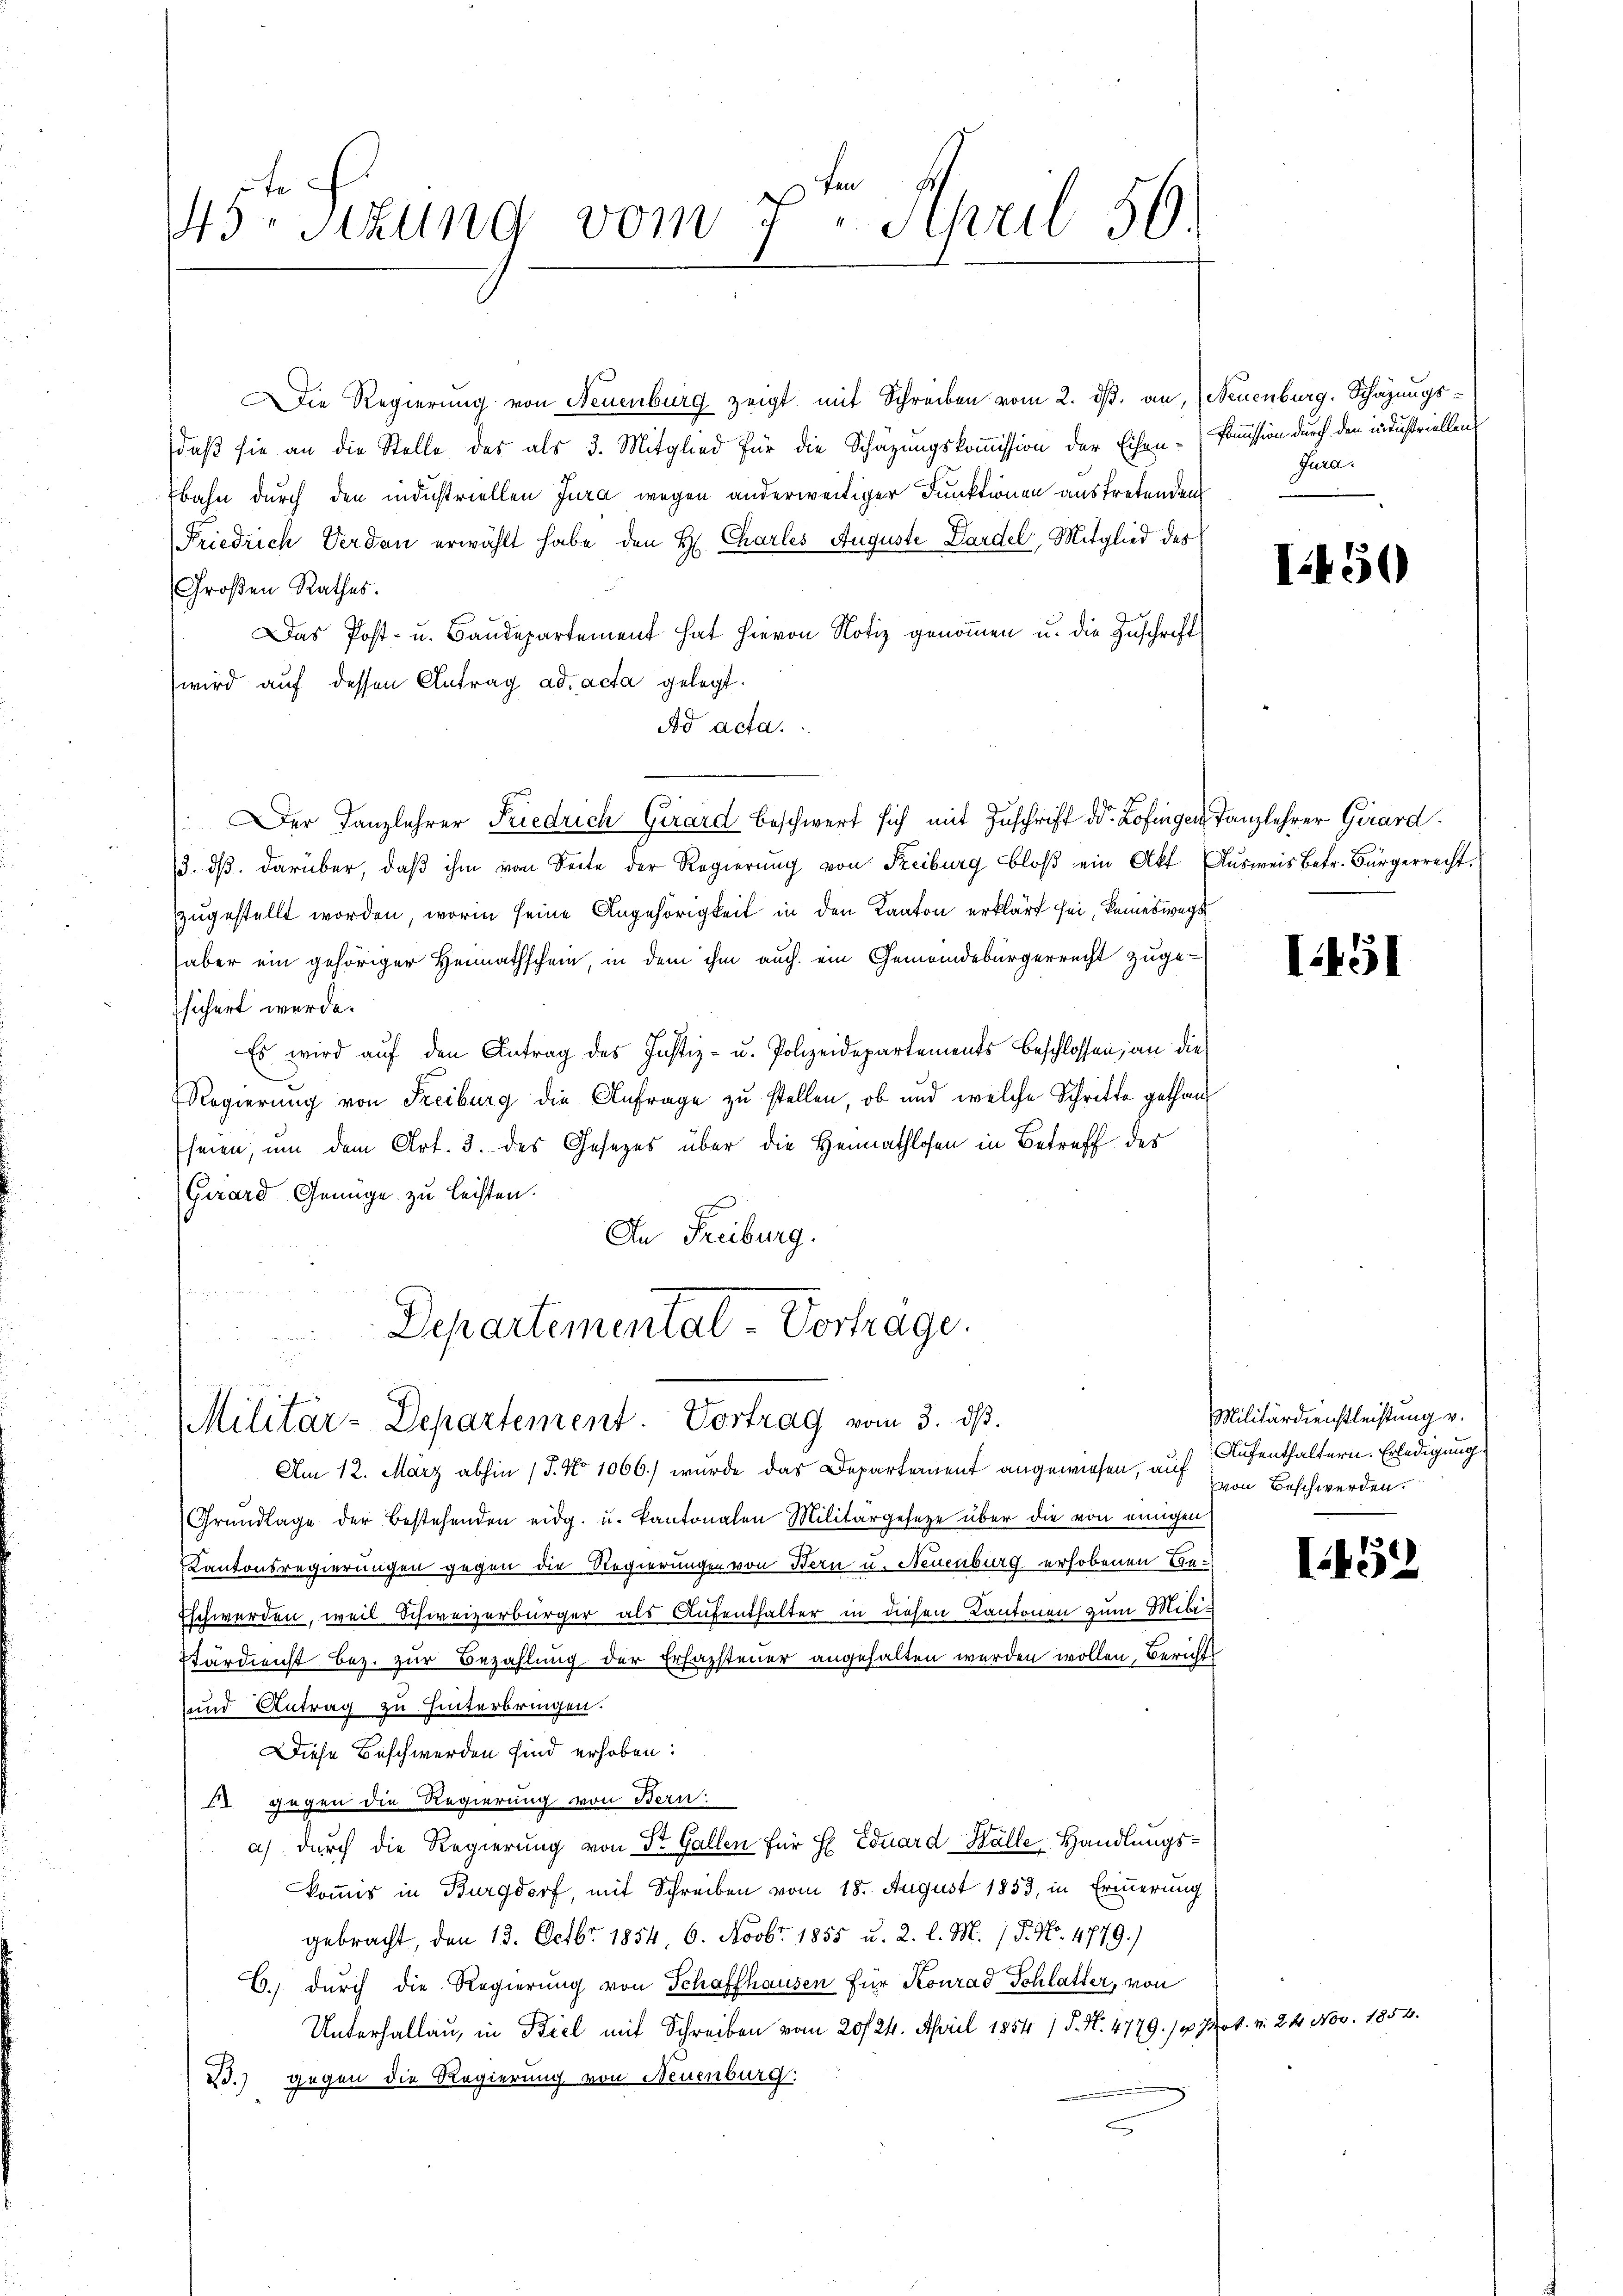
145. Sitzung vom 7. April 56.

Die Regierung von Neuenburg zeigt mit Schreiben vom 2. ds. an, (Neuenburg. Schazungsdaß sie an die Stelle des als 3. Mitglied für die Schäzungskommission der Eisen-Commission durch den industriellens
bahn durch den industriellen Jura wegen anderweitiger Funktionen austretenden
Friedrich Verden erwählt habe den H. Charles Auguste Dardel, Mitglied des
Großen Rathes.
Das Post- u. Baudepartement hat hievon Notiz genommen u. die Zuschrift
wird auf dessen Antrag ad acta gelegt.
Ad acta.
Der Kanzlehrer Friedrich Girard beschwert sich mit Zuschrift d. Lofingen Tanzlehrer Girard.
/3. dβ. darüber, daβ ihm von Seite der Regierung von Freiburg bloβ ein Akt Ausweis betr. Bürgerrecht.
zzugestellt worden, worin seine Angehörigkeit in den Kanton erklärt sei, keineswegs
aber ein gehöriger Heimathschein, in dem ihm auch ein Gemeindebürgerrecht zugesichert werde.
Es wird auf den Antrag des Justiz- u. Polizeidepartements beschlossen, an die
Regierung von Freiburg die Anfrage zu stellen, ob und welche Schritte gethan
seien, um dem Art. 3. des Gesetzes über die Heimathlosen in Betreff des
Girard Genüge zu leisten.
An Freiburg.

Departemental Vorträge.
Militär-Departement. Vortrag vom 3. ds.

Am 12. März abhin 17. No 1066.) wurde das Departement angewiesen, auf
Grŭndlage der bestehenden eidg. u. kantonalen Militärgesetze über die von einigen
Kantonsregierungen gegen die Regierungen von Bern u. Neuenburg erhobenen Be¬
Eschwerden, weil Schweizerbürger als Aufenthalter in diesen Kantonen zum Mitar
Stärdienst bez. zur Bezahlung der Erfassteuer angehalten werden wollen, Berichts
und Antrag zu hinterbringen.
Diese Beschwerden sind erhoben:
2 gegen die Regierung von Stern
a) durch die Regierung von St. Gallen für E. Eduard Walle Handlungskommis in Burgdorf, mit Schreiben vom 18. August 1853, in Erinnerung
gebracht, den 13. Octbr. 1854, 6. Novbr. 1855 u. 2. l. M. / P. No. 4779.)
C.) Durch die Regierung von Schaffhausen für Konrad Schlatter, von
Unterhallau, in Biel mit Schreiben vom 20./24. April 1854 1 S. N. 4779. 11. Nov. v. 24. Nov. 1854.
2.) gegen die Regierung von Neuenburg:

Jura.

Militärdienstleistung v.
Aufenthaltern. Erledigung
von Beschwerden.

I.50

I.191

I.52